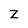
Character: Z